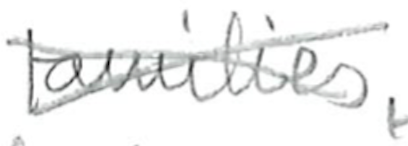
Text: families,
Cross-out: cross
Writing tool: pencil